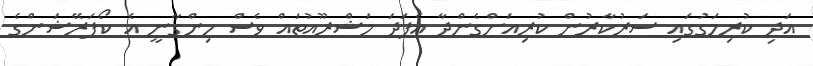
އަދި ކުރިމަގުގައި ސަރުކާރުން ކުރިއަށްގެންދާ އެފަދަ މަޝްރޫއުތައް ވެސް ހިންގާނީ އެ ކޯޕަރޭޝަންގެ